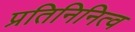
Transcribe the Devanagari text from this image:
प्रतिनिनित्व